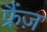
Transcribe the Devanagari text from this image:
फ्रैंज़